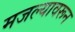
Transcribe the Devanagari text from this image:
मजल्यावरून